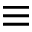
\equiv